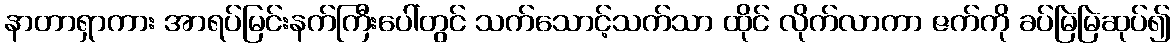
နာတာရှာကား အာရပ်မြင်းနက်ကြီးပေါ်တွင် သက်သောင့်သက်သာ ထိုင် လိုက်လာကာ ဇက်ကို ခပ်မြဲမြဲဆုပ်၍